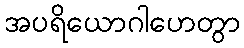
အပရိယောဂါဟေတွာ